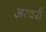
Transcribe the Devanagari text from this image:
अरवरी